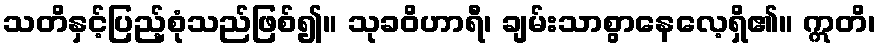
သတိနှင့်ပြည့်စုံသည်ဖြစ်၍။ သုခဝိဟာရီ၊ ချမ်းသာစွာနေလေ့ရှိ၏။ ဣတိ၊